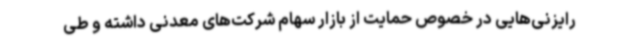
رایزنی‌هایی در خصوص حمایت از بازار سهام شرکت‌های معدنی داشته و طی